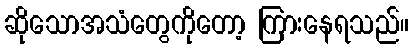
ဆိုသောအသံတွေကိုတော့ ကြားနေရသည်။